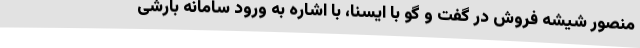
منصور شیشه فروش در گفت و گو با ایسنا، با اشاره به ورود سامانه بارشی